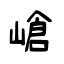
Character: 嵢